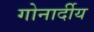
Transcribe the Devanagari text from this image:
गोनार्दीय